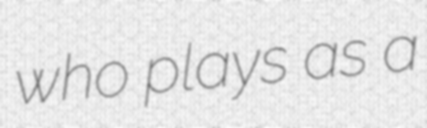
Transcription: who plays as a